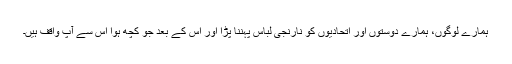
ہمارے لوگوں، ہمارے دوستوں اور اتحادیوں کو نارنجی لباس پہننا پڑا اور اس کے بعد جو کچھ ہوا اس سے آپ واقف ہیں۔